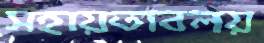
সহায়তাবলয়